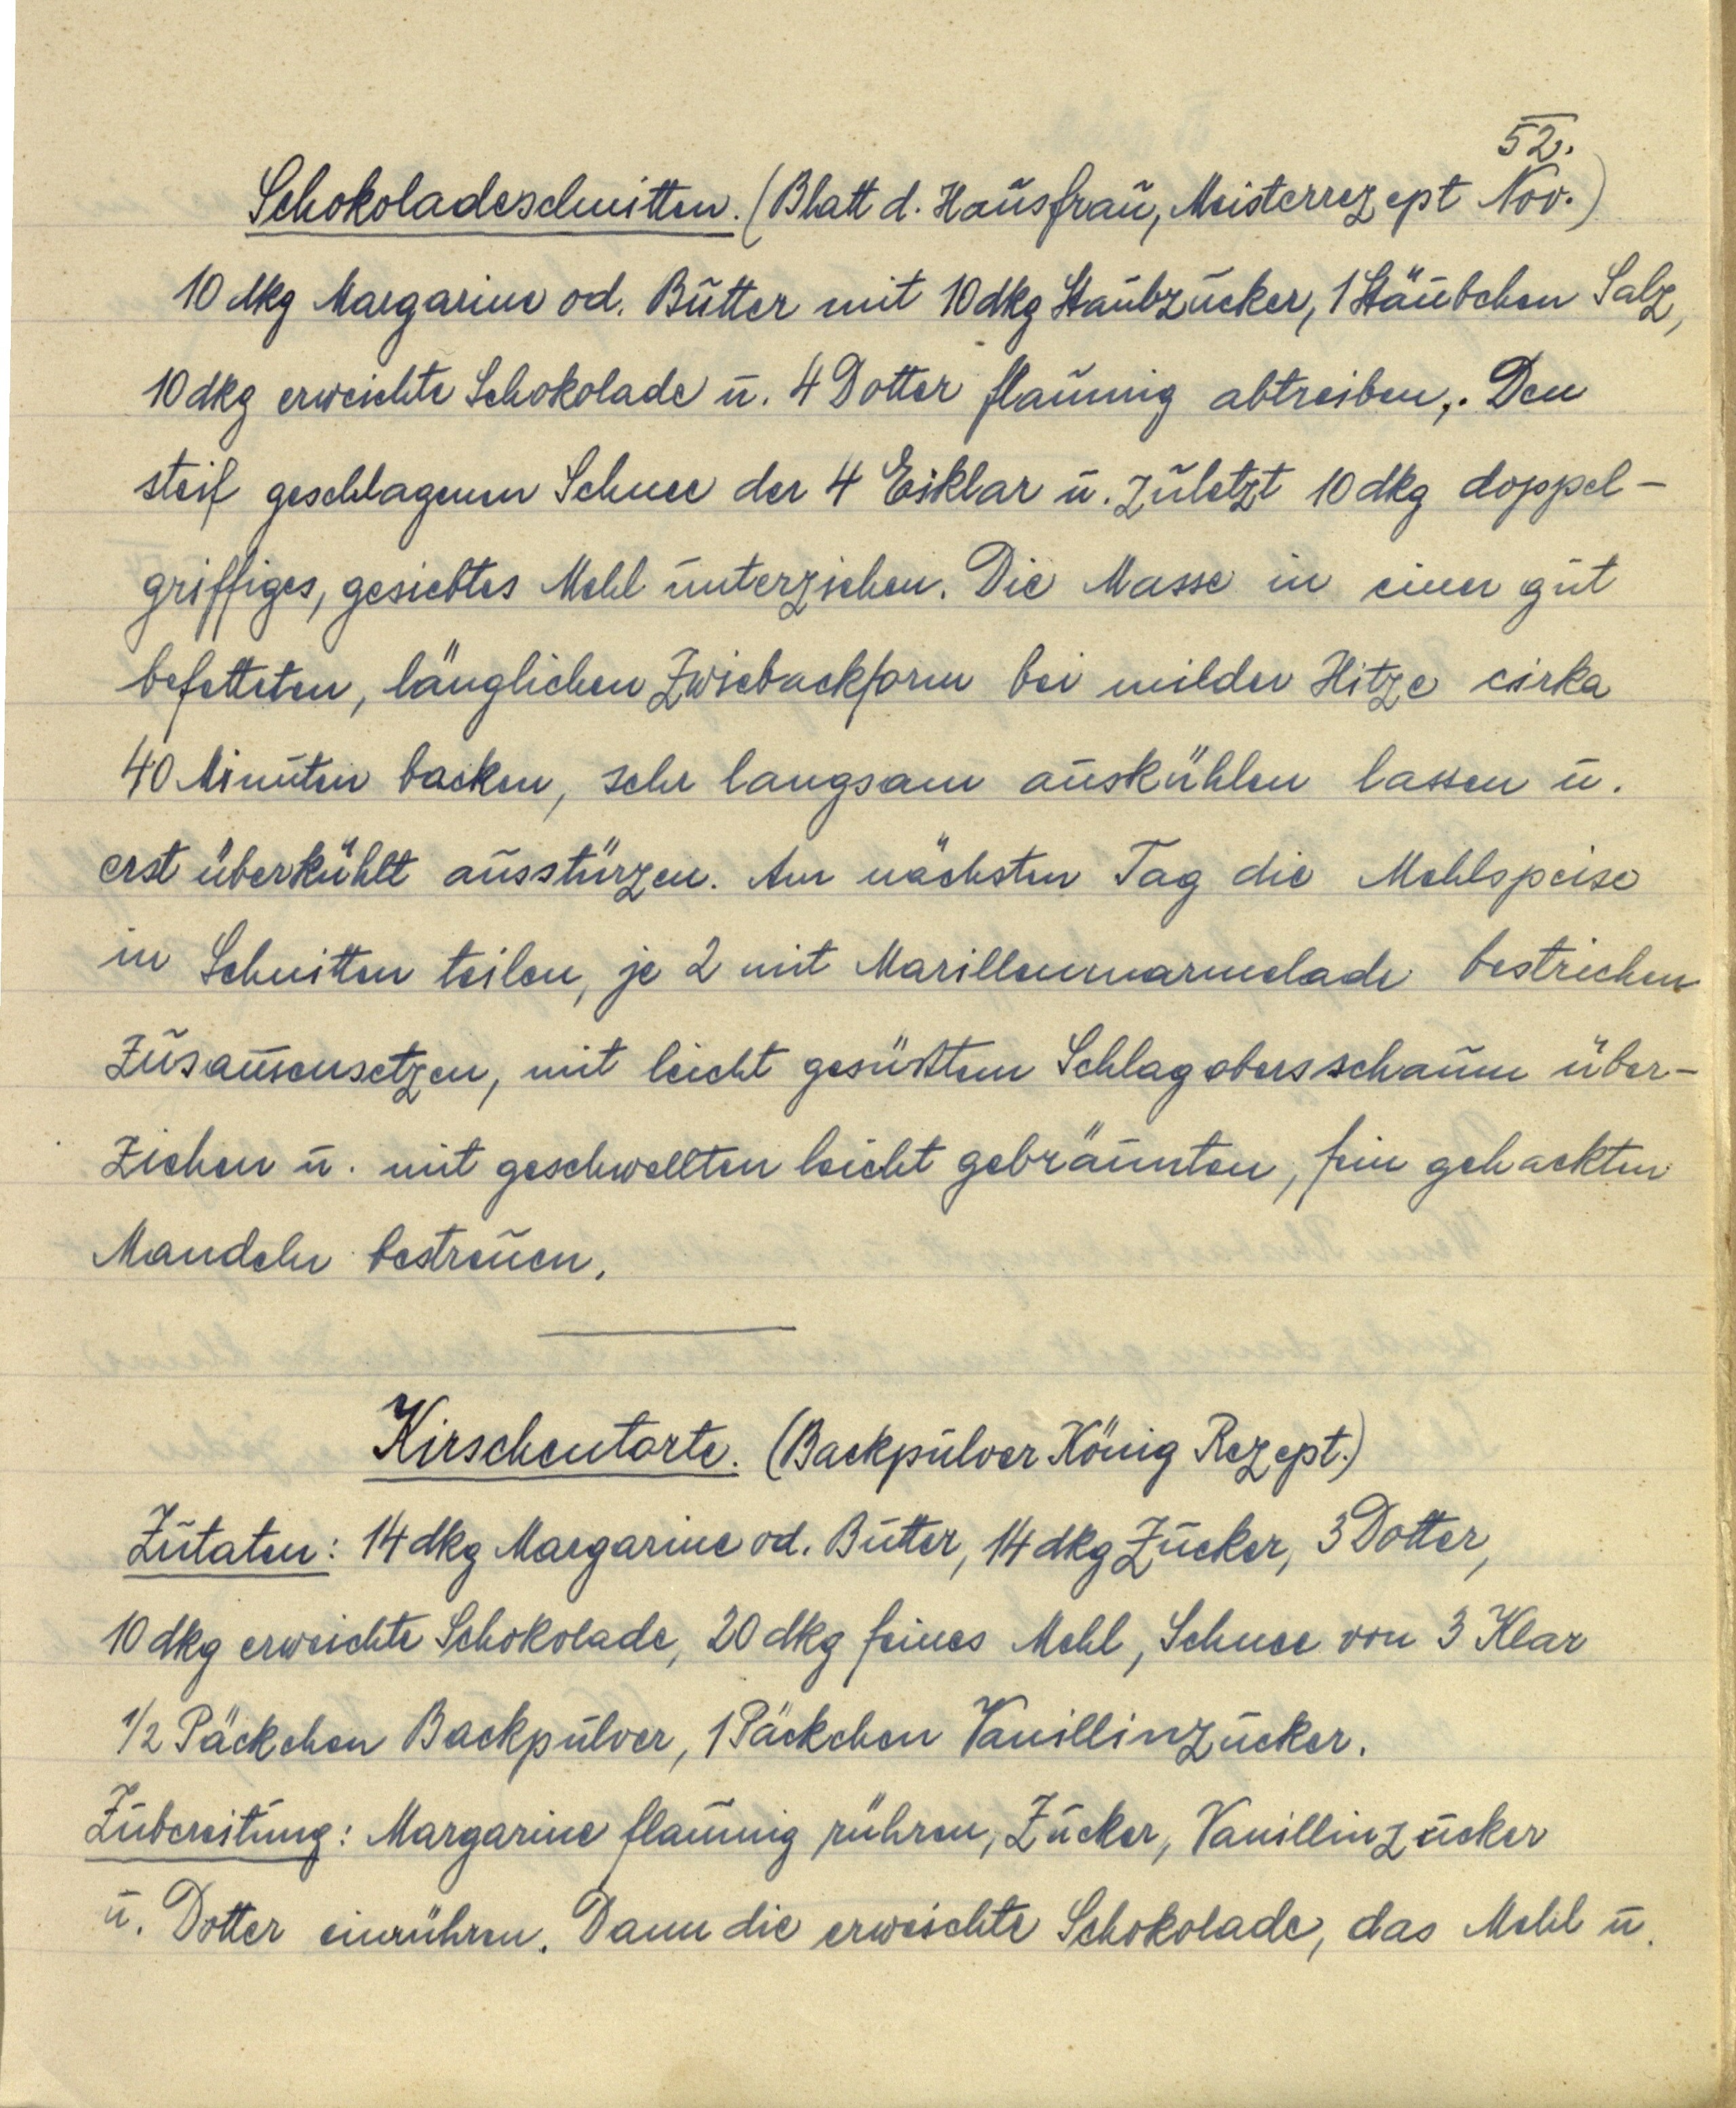
Schokoladeschnitten. (Blatt d. Hausfrau, Meisterrezept Nov. 52.)
10 dkg Margarine od. Butter mit 10 dkg Staubzucker, 1 Stäubchen Salz,
10 dkg erweichte Schokolade u. 4 Dotter flaumig abtreiben. Den
steif geschlagenen Schnee der 4 Eiklar u. zuletzt 10 dkg doppel¬
griffiges, gesiebtes Mehl unterziehen. Die Masse in einer gut
befetteten, länglichen Zwiebackform bei milder Hitze cirka
40 Minuten backen, sehr langsam auskühlen lassen u.
erst überkühlt ausstürzen. Am nächsten Tag die Mehlspeise
in Schnitten teilen, je 2 mit Marillenmarmelade bestrichen
zusammensetzen, mit leicht gesüßtem Schlagobersschaum über¬
ziehen u. mit geschwellten leicht gebräunten, fein gehackten
Mandeln bestreuen.

Kirschentorte. (Backpulver König Rezept.)
Zutaten: 14 dkg Margarine od. Butter, 14 dkg Zucker, 3 Dotter,
10 dkg erweichte Schokolade, 20 dkg feines Mehl, Schnee von 3 Klar
½ Päckchen Backpulver, 1 Päckchen Vanillinzucker.
Zubereitung: Margarine flaumig rühren, Zucker, Vanillinzucker
u. Dotter einrühren. Dann die erweichte Schokolade, das Mehl u.